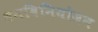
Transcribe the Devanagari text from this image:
धनविनियोजन